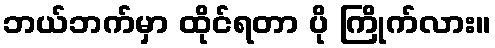
ဘယ်ဘက်မှာ ထိုင်ရတာ ပို ကြိုက်လား။